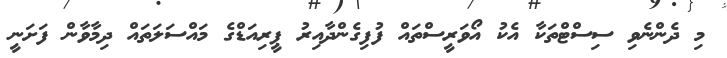
މި ދެންނެވި ސިސްޓްތަކާ އެކު އޯވަރީސްތައް ފުފިގެންދާއިރު ޕީރިއަޑްގެ މައްސަލަތައް ދިމާވާން ފަށަނީ